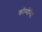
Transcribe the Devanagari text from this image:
कॉम्पोनेंट